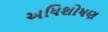
અધિશોષણ